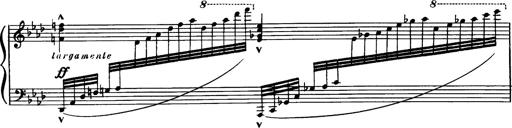
Title: Magyar dalok
Composer: Franz Liszt